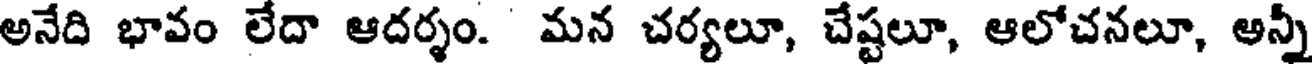
అనేది భావం లేదా ఆదర్శం. మన చర్యలూ, చేష్టలూ, ఆలోచనలూ, అన్నీ